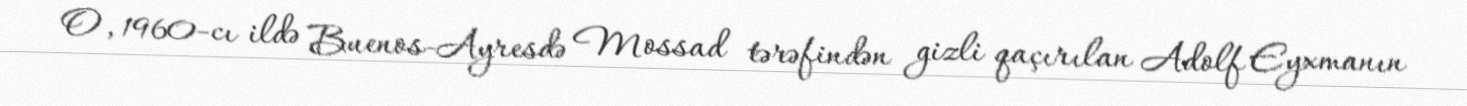
O, 1960-cı ildə Buenos-Ayresdə Mossad tərəfindən gizli qaçırılan Adolf Eyxmanın